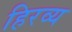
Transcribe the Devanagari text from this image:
हिरव्य